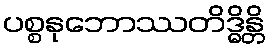
ပစ္စနုဘောဿတိဒ္ဓိန္တိ